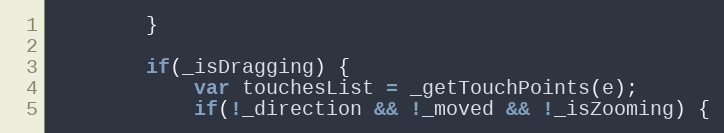
Language: JavaScript
		}

		if(_isDragging) {
			var touchesList = _getTouchPoints(e);
			if(!_direction && !_moved && !_isZooming) {